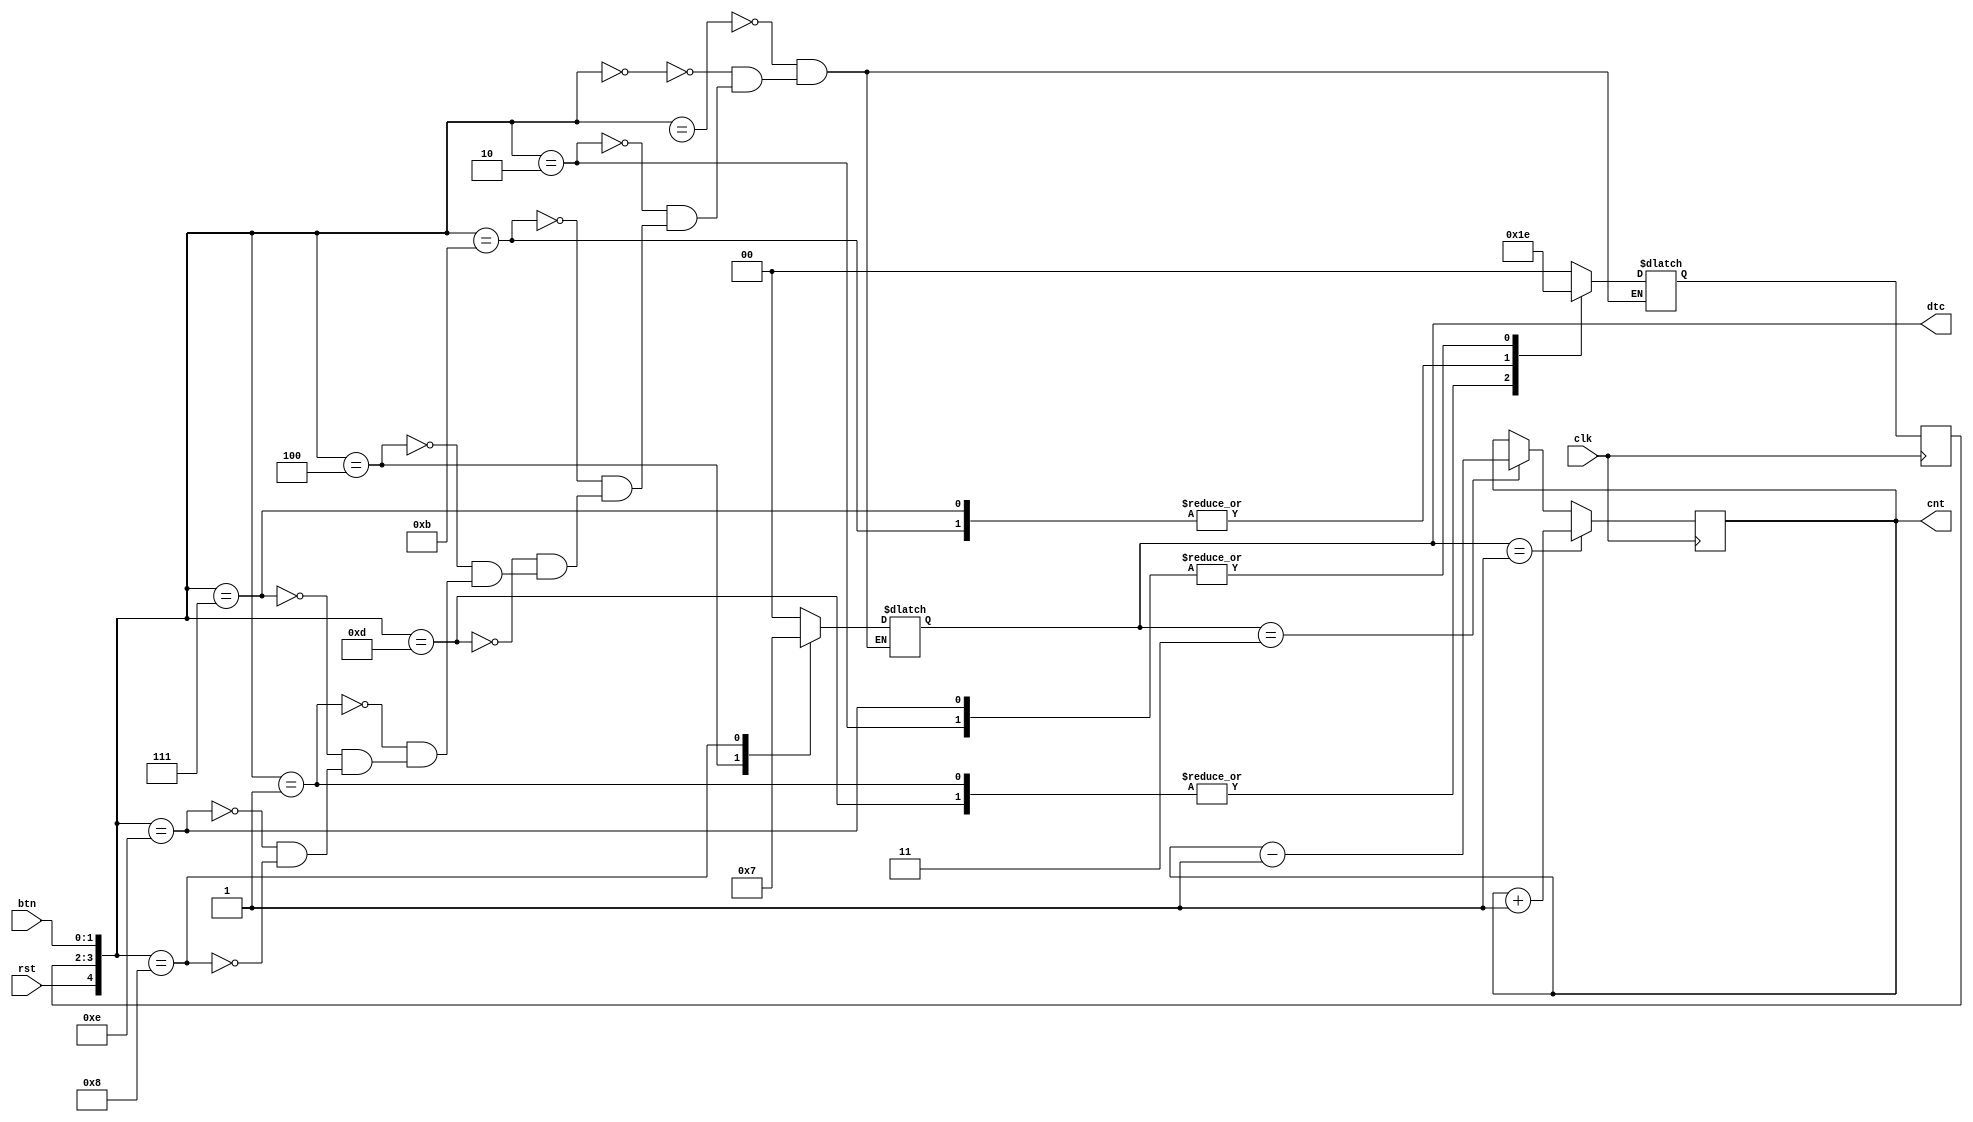
module parking_lot(clk,rst,btn,dtc,cnt);
	input clk, rst;
	input [1:0] btn;
	output reg [1:0] dtc;
	output reg [2:0] cnt; 
	
	reg [1:0] Sp;
	reg [1:0] Sn;
	reg [2:0] cnt_n;
	
	always@ (posedge clk) begin
		
		Sp <= Sn;
		cnt <= cnt_n;
		
	end
	
	always @(*) begin
	
		case({rst,Sp,btn}) 
		
		5'b1xxxx :{Sn,dtc} = 4'b0000;
		
		5'b00000 : {Sn,dtc} = 4'b0000;
		5'b00010 : {Sn,dtc} = 4'b1000;
		5'b01011 : {Sn,dtc} = 4'b1100;
		5'b01101 : {Sn,dtc} = 4'b0100;
		5'b00100 : {Sn,dtc} = 4'b0001;
		
		
		5'b00001 : {Sn,dtc} = 4'b0100;
		5'b00111 : {Sn,dtc} = 4'b1100;
		5'b01110 : {Sn,dtc} = 4'b1000;
		5'b01000 : {Sn,dtc} = 4'b0011;
		

		endcase
	end
	
	always @ * begin
		
		if(dtc == 2'b01)
		 cnt_n = cnt + 3'b1;
		else if (dtc == 2'b11)
		cnt_n = cnt - 3'b1;
		else 
		cnt_n=cnt;
	end
endmodule